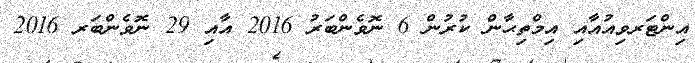
އިންޓަރވިއުއާއި އިމްތިޙާން ކުރުން 6 ނޮވެންބަރު 2016 އާއި 29 ނޮވެންބަރ 2016